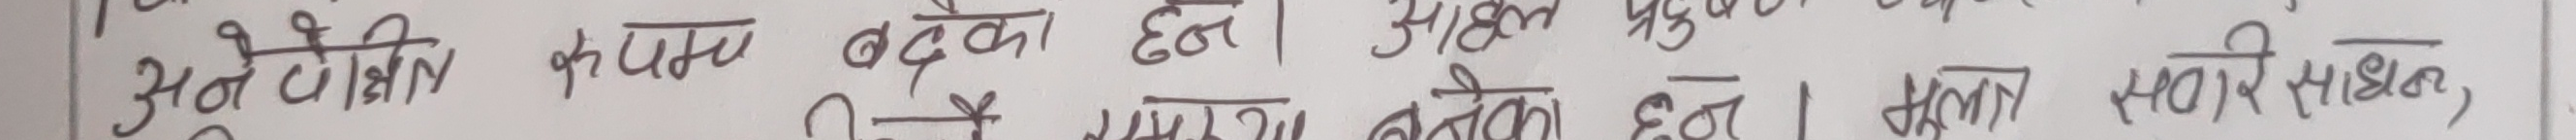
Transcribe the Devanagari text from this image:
अतै चौतिएका कुमाक बढ़के हन । अझै प्रमुख
कुन प्रमूख बेचेका हुन् । उनका सवारी साधन,